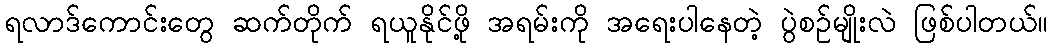
ရလာဒ်ကောင်းတွေ ဆက်တိုက် ရယူနိုင်ဖို့ အရမ်းကို အရေးပါနေတဲ့ ပွဲစဉ်မျိုးလဲ ဖြစ်ပါတယ်။